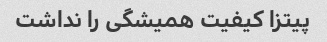
پیتزا کیفیت همیشگی را نداشت